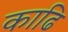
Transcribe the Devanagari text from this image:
काढि